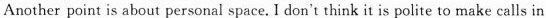
Another point is about personal space.I don't think it is polite to make calls in